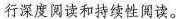
行深度阅读和持续性阅读。